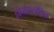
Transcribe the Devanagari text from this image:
हीमोग्लोविन